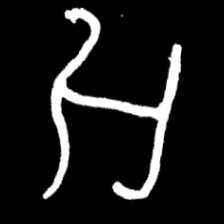
Pyu character \u2014 Myanmar letter: အ (romanized: a)